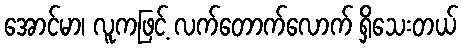
အောင်မာ၊ လူကဖြင့် လက်တောက်လောက် ရှိသေးတယ်